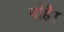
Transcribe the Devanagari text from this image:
मोहैर